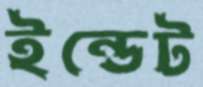
ইন্ডেট